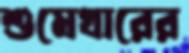
শুমেখারের